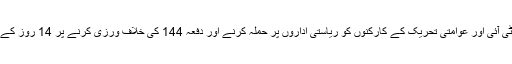
ریڈیو پاکستان کے مطابق عدالت نے پی ٹی آئی اور عوامتی تحریک کے کارکنوں کو ریاستی اداروں پر حملہ کرنے اور دفعہ 144 کی خلاف ورزی کرنے پر 14 روز کے عدالتی ریمانڈ پر اڈیالہ جیل بھیج دیا ہے۔